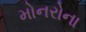
મોનરોના